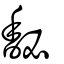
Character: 馝